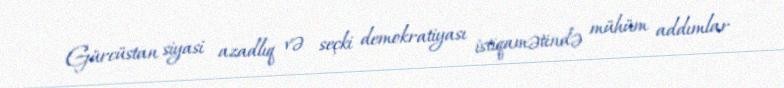
Gürcüstan siyasi azadlıq və seçki demokratiyası istiqamətində mühüm addımlar